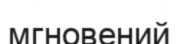
мгновений